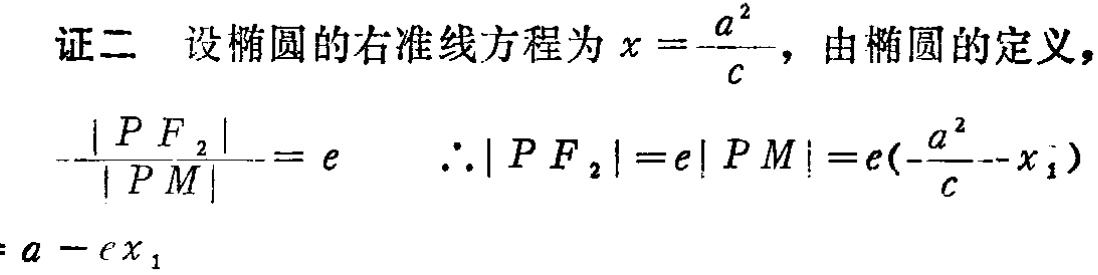
证二 设椭圆的右准线方程为\(x = \frac{a^{2}}{c}\)，由椭圆的定义，
\(\frac{\vert PF_{2}\vert}{\vert PM\vert}=e\)  \(\therefore\vert PF_{2}\vert = e\vert PM\vert = e(\frac{a^{2}}{c}-x_{1})\)
\(= a - ex_{1}\)